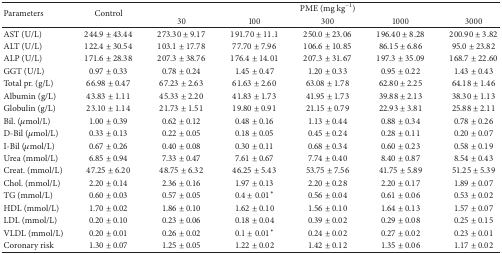
<table><thead><tr><td rowspan="2"><b>Parameters </b></td><td rowspan="2"><b>Control</b></td><td colspan="5"><b>PME (mg kg<sup>−1</sup>)</b></td></tr><tr><td><b>30</b></td><td><b>100</b></td><td><b>300</b></td><td><b>1000</b></td><td><b>3000</b></td></tr></thead><tbody><tr><td>AST (U/L)</td><td>244.9 ± 43.44</td><td>273.30 ± 9.17</td><td>191.70 ± 11.1</td><td>250.0 ± 23.06</td><td>196.40 ± 8.28</td><td>200.90 ± 3.82</td></tr><tr><td>ALT (U/L)</td><td>122.4 ± 30.54</td><td>103.1 ± 17.78</td><td>77.70 ± 7.96</td><td>106.6 ± 10.85</td><td>86.15 ± 6.86</td><td>95.0 ± 23.82</td></tr><tr><td>ALP (U/L)</td><td>171.6 ± 28.38</td><td>207.3 ± 38.76</td><td>176.4 ± 14.01</td><td>207.3 ± 31.67</td><td>197.3 ± 35.09</td><td>168.7 ± 22.60</td></tr><tr><td>GGT (U/L)</td><td>0.97 ± 0.33</td><td>0.78 ± 0.24</td><td>1.45 ± 0.47</td><td>1.20 ± 0.33</td><td>0.95 ± 0.22</td><td>1.43 ± 0.43</td></tr><tr><td>Total pr. (g/L)</td><td>66.98 ± 0.47</td><td>67.23 ± 2.63</td><td>61.63 ± 2.60</td><td>63.08 ± 1.78</td><td>62.80 ± 2.25</td><td>64.18 ± 1.46</td></tr><tr><td>Albumin (g/L)</td><td>43.83 ± 1.11</td><td>45.33 ± 2.20</td><td>41.83 ± 1.73</td><td>41.95 ± 1.73</td><td>39.88 ± 2.13</td><td>38.30 ± 1.13</td></tr><tr><td>Globulin (g/L)</td><td>23.10 ± 1.14</td><td>21.73 ± 1.51</td><td>19.80 ± 0.91</td><td>21.15 ± 0.79</td><td>22.93 ± 3.81</td><td>25.88 ± 2.11</td></tr><tr><td>Bil. (<i>μ</i>mol/L)</td><td>1.00 ± 0.39</td><td>0.62 ± 0.12</td><td>0.48 ± 0.16</td><td>1.13 ± 0.44</td><td>0.88 ± 0.34</td><td>0.78 ± 0.26</td></tr><tr><td>D-Bil (<i>μ</i>mol/L)</td><td>0.33 ± 0.13</td><td>0.22 ± 0.05</td><td>0.18 ± 0.05</td><td>0.45 ± 0.24</td><td>0.28 ± 0.11</td><td>0.20 ± 0.07</td></tr><tr><td>I-Bil (<i>μ</i>mol/L)</td><td>0.67 ± 0.26</td><td>0.40 ± 0.08</td><td>0.30 ± 0.11</td><td>0.68 ± 0.34</td><td>0.60 ± 0.23</td><td>0.58 ± 0.19</td></tr><tr><td>Urea (mmol/L)</td><td>6.85 ± 0.94</td><td>7.33 ± 0.47</td><td>7.61 ± 0.67</td><td>7.74 ± 0.40</td><td>8.40 ± 0.87</td><td>8.54 ± 0.43</td></tr><tr><td>Creat. (mmol/L)</td><td>47.25 ± 6.20</td><td>48.75 ± 6.32</td><td>46.25 ± 5.43</td><td>53.75 ± 7.56</td><td>41.75 ± 5.89</td><td>51.25 ± 5.39</td></tr><tr><td>Chol. (mmol/L)</td><td>2.20 ± 0.14</td><td>2.36 ± 0.16</td><td>1.97 ± 0.13</td><td>2.20 ± 0.28</td><td>2.20 ± 0.17</td><td>1.89 ± 0.07</td></tr><tr><td>TG (mmol/L)</td><td>0.60 ± 0.03</td><td>0.57 ± 0.05</td><td>0.4 ± 0.01<sup><i>∗</i></sup></td><td>0.56 ± 0.04</td><td>0.61 ± 0.06</td><td>0.53 ± 0.02</td></tr><tr><td>HDL (mmol/L)</td><td>1.70 ± 0.02</td><td>1.86 ± 0.10</td><td>1.62 ± 0.10</td><td>1.56 ± 0.10</td><td>1.64 ± 0.13</td><td>1.57 ± 0.07</td></tr><tr><td>LDL (mmol/L)</td><td>0.20 ± 0.10</td><td>0.23 ± 0.06</td><td>0.18 ± 0.04</td><td>0.39 ± 0.02</td><td>0.29 ± 0.08</td><td>0.25 ± 0.15</td></tr><tr><td>VLDL (mmol/L)</td><td>0.20 ± 0.01</td><td>0.26 ± 0.02</td><td>0.1 ± 0.01<sup><i>∗</i></sup></td><td>0.24 ± 0.02</td><td>0.27 ± 0.02</td><td>0.23 ± 0.01</td></tr><tr><td>Coronary risk</td><td>1.30 ± 0.07</td><td>1.25 ± 0.05</td><td>1.22 ± 0.02</td><td>1.42 ± 0.12</td><td>1.35 ± 0.06</td><td>1.17 ± 0.02</td></tr></tbody></table>